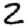
Digit: 2